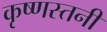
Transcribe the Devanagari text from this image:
कृष्णस्तनी